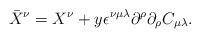
LaTeX: \begin{align*}{\bar X}^\nu=X^\nu+y\epsilon^{\nu\mu\lambda}\partial^\rho\partial_\rho C_{\mu\lambda}. \end{align*}